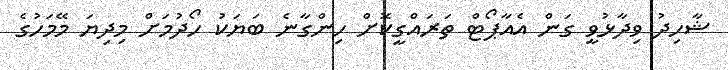
ޝާހިދު ވިދާޅުވީ ގަން އެއާޕޯޓް ތަރައްގީކޮށް ހިންގާނެ ބަޔަކު ހޯދުމަށް މިދިޔަ މޭމަހުގެ